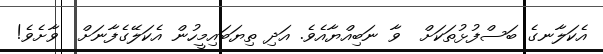
އެކަލާނގެ ބަސްފުޅުތަކަށް  ވާ ނަބިއްޔާއެވެ. އަދި ތިޔަބައިމީހުން އެކަލޭގެފާނަށް  ވާށެވެ!